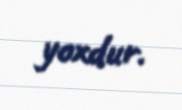
yoxdur.